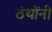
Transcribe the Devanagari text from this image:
ठंथोंनी